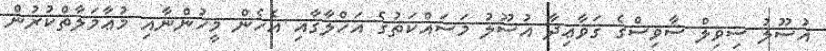
އުސޫލު ސިވިލް ސާވިސްގެ ޤަވާޢިދާ އުސޫލު މަސައްކަތުގެ އަޚްލާޤާއި އެހެން މީހުންނާއި މުޢާމަލާތްކުރުން